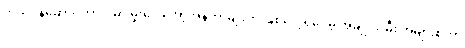
ကိုယ်ဝန်ဆောင်ကာလမှာ မူးဝေ အော့အန်တာမျိုးက ဖြစ်လေ့ရှိပေမဲ့ အမျိုးသမီး အများစုဟာ